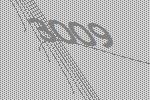
3009